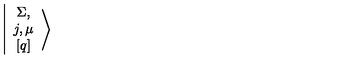
\left\vert \begin{array} { c } { \Sigma , } \\ { j , \mu } \\ { \left[ q \right] } \\ \end{array} \right>